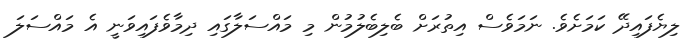
ލިޔެފައިދޭ ކަމަށެވެ. ނަމަވެސް އިތުރަށް ބެލިބެލުމުން މި މައްސަލާގައި ދިމާވެފައިވަނީ އެ މައްސަލަ